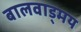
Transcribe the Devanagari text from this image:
बालवाड्मय